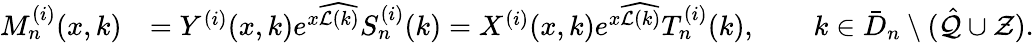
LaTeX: \begin{array}{rl}{M_{n}^{(i)}(x,k)}&{=Y^{(i)}(x,k)e^{x\widehat{\mathcal{L}(k)}}S_{n}^{(i)}(k)=X^{(i)}(x,k)e^{x\widehat{\mathcal{L}(k)}}T_{n}^{(i)}(k),\qquad k\in\bar{D}_{n}\setminus(\hat{\mathcal{Q}}\cup\mathcal{Z}).}\end{array}